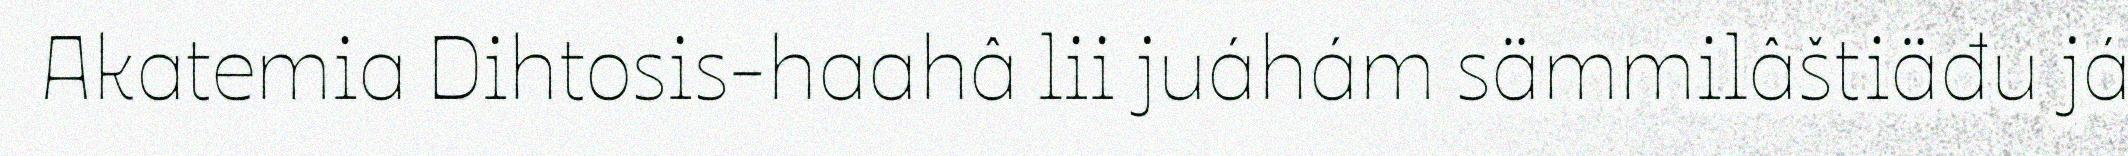
Akatemia Dihtosis-haahâ lii juáhám sämmilâštiäđu já